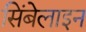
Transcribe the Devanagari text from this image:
सिंबेलाइन